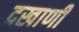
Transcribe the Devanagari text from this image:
दखाणी